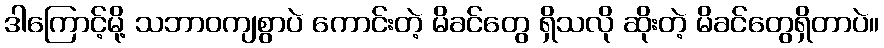
ဒါကြောင့်မို့ သဘာဝကျစွာပဲ ကောင်းတဲ့ မိခင်တွေ ရှိသလို ဆိုးတဲ့ မိခင်တွေရှိတာပဲ။